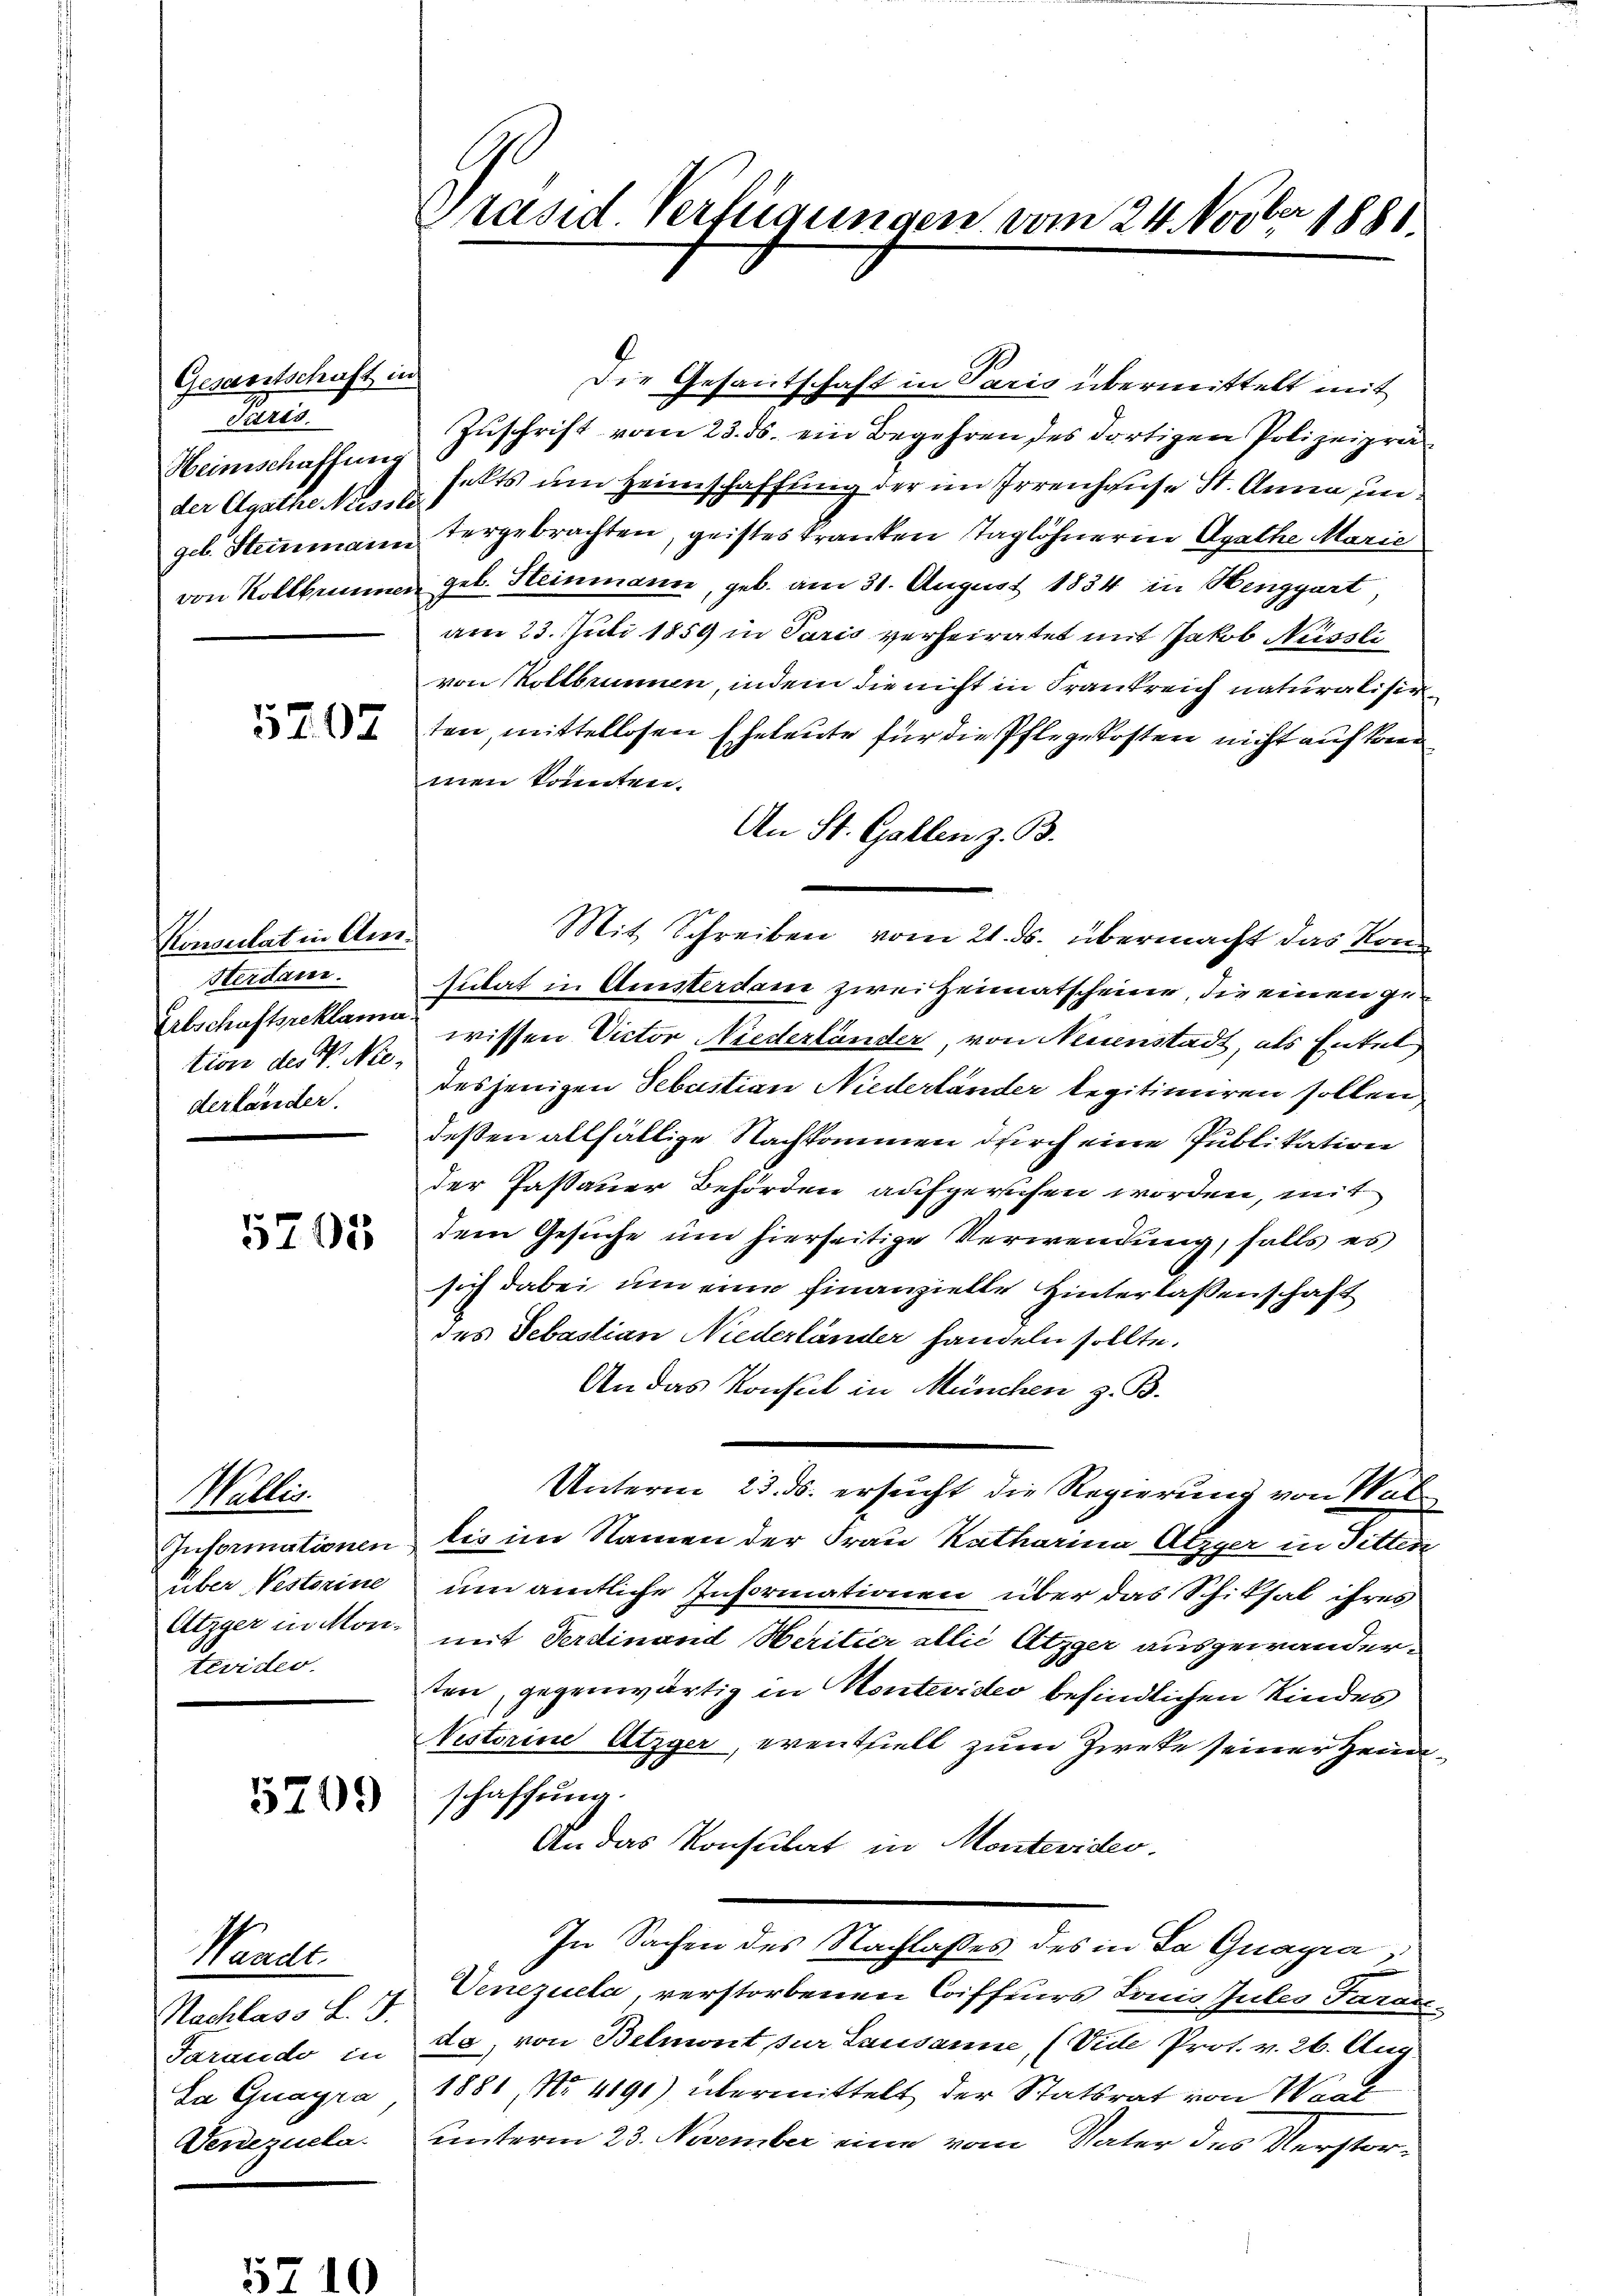
Gesantschaft in
Paris.
Heimschaffung
der Agathe Niessli

Konsulat in Am¬
Sterdame.
Ertschaftsreklama
tion des V. Niederlander.

5705

Wallis.
über Pestorise
tevider

5209

Maackt
Nachlass L. J.
Venezuela

Präsid. Verfügungen vom 24. Novber 1881.

Die Gesantschaft in Paris übermittelt mit
Zuschrift vom 23. ds. ein Begehren des dortigen Polizeiprähalts um Heimschaffung der im Irrenhause St. Anna ungel. Steinmann ergebrachten, geistes tranken Taglöhneren Agathe Marie
von Kollbrunner geb. Steinmann, geb. am 31. August 1834 in Henggart
am 23. Juli 1859 in Paris verheiratet mit Jakob Nüssli
von Kollbrunnen, indem die nicht in Frankreich naturalisir
 2ten, mittellosen Eheleute für die Pflegekosten nicht auf kom
men könnten.
An St. Gallen z. B.
Mit Schreiben vom 21. ds. übermacht das Kon¬
Gubat in Ansterdam zwei Heimatscheine, die einen gewissen Victor Niederländer, von Neuenstadt, als Entel
desjenigen Sebastian Niedertänder legitimiren sollen,
deßen allfältige Nachkommen durch eine Publikation
der Passauer Behörden aufgerufen worden, mit
dem Gesuche um hierseitige Verwendung, falls es
sich dabei um eine finanzielle Hinterlassenschaft
des Sebastian Niederländer handeln sollte.
An das Konsul in München z. B.
Unterm 23. ds. ersucht die Regierung von Wal¬
Informationen bis im Namen der Frau Katharina Atzger in Titten
um amtliche Informationen über das Schiksal ihres
Atzger in Mon. mit Ferdinand Heritier allié Atzger ausgewanderten, gegenwärtig in Montevideo befindlichen Kindes
Nestorine Atzger, eventhielt zum Zieke seiner Heimschaffung.
An das Konsulat in Monteviden.
In Sachen des Nachlasses des in da Guagra
Venezuela, verstorbenen Coiffeurs Louis Jules Tarare.
Tarando in da, von Belmont zur Lausanne, (Vide Prot. v. 26. Aug
Da Guagra 1881, No. 4191) übermittelt der Statsrat von Waad
unterm 23. November eine vom Vater des Verstor¬